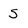
Character: S